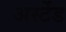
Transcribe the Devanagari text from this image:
अर्स्टेड